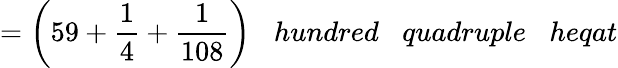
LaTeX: ={\bigg(}59+{\frac{1}{4}}+{\frac{1}{108}}{\bigg)}\; \; \; hundred\; \; \; quadruple\; \; \; heqat